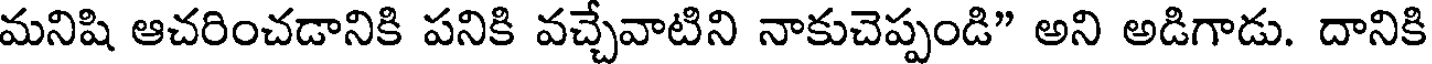
మనిషి ఆచరించడానికి పనికి వచ్చేవాటిని నాకుచెప్పండి" అని అడిగాడు. దానికి